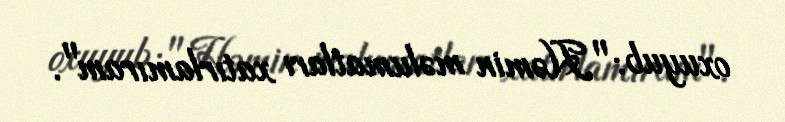
oxuyub: "Həmin məlumatları xatırlamıram".